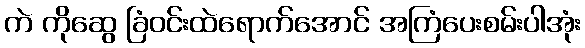
ကဲ ကိုဆွေ ခြံဝင်းထဲရောက်အောင် အကြံပေးစမ်းပါအုံး